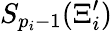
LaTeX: S_{p_{i}-1}(\Xi_{i}^{\prime})